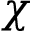
\chi